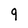
Character: 9